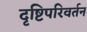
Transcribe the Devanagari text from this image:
दृष्टिपरिवर्तन